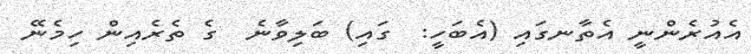
އެއުރެންނީ އެތާނގައި (އެބަހީ:  ގައި) ބަލިވާނެ  ގެ ތެރެއިން ހިމެނޭ